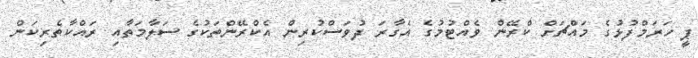
ޕީ ހަރަމްފުޅުގެ މައްޗަށް ކްރޭން ވެއްޓުމުގެ އެގާރަ ދުވަސްކުރިން އެކްރޭންތަކުގެ ސަލާމަތާއި ރައްކާތެރިކަން